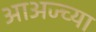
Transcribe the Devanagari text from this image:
आअज्च्या